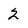
Character: 2